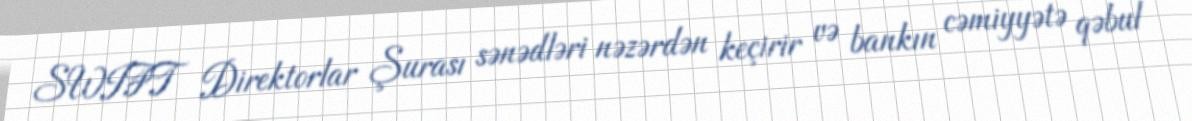
SWIFT Direktorlar Şurası sənədləri nəzərdən keçirir və bankın cəmiyyətə qəbul